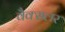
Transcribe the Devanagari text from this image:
वैक्सलर